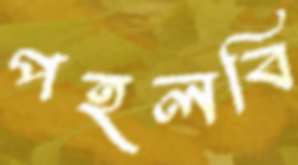
পহলবি